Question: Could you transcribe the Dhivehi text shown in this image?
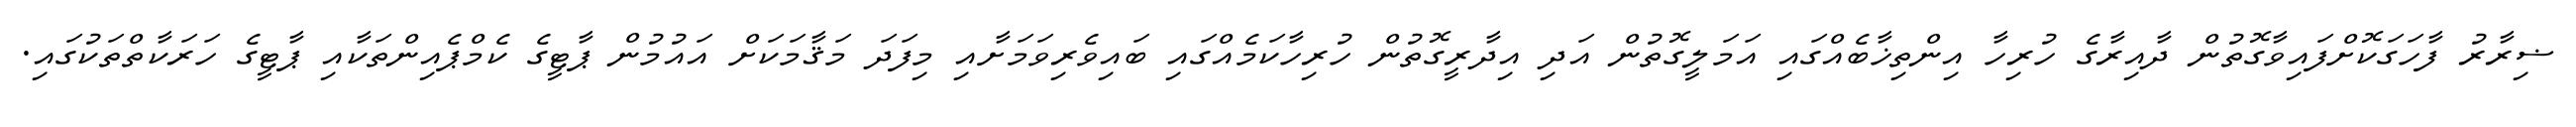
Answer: ޟިރާރު ފާހަގަކޮށްފައިވާގޮތުން ދާއިރާގެ ހުރިހާ އިންތިޚާބެއްގައި އަމަލީގޮތުން އަދި އިދާރީގޮތުން ހުރިހާކަމެއްގައި ބައިވެރިވަމަށާއި މިފަދަ މަޤާމަކަށް އައުމުން ޕާޓީގެ ކެމްޕެއިންތަކާއި ޕާޓީގެ ހަރަކާތްތަކުގައި.